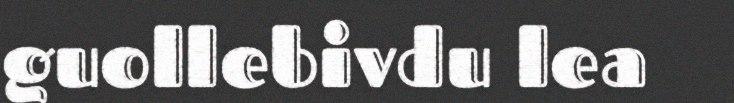
guollebivdu lea